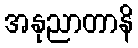
အနုညာတာနိ